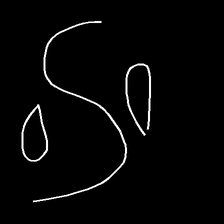
Glyph: water